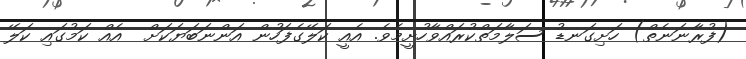
(ފުރާނަނެތް) ހަށިގަނޑު ސަލާމަތްކުރައްވާހުށީމެވެ. އެއީ ކަލޭގެފަހުން އަންނަބަޔަކަށް  އެއް ކަމުގައި ކަލޭ